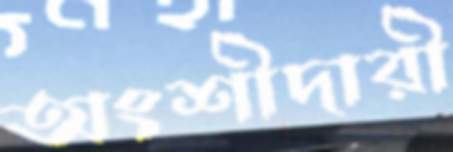
অংশীদারী